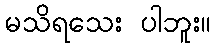
မသိရသေး ပါဘူး။